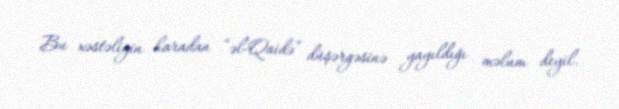
Bu xəstəliyin haradan “əl-Qaidə” düşərgəsinə yayıldığı məlum deyil.